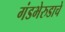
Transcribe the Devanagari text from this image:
गंडभेरुडाचे